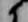
候